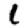
Digit: 1